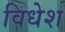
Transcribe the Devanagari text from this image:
विधेश